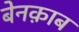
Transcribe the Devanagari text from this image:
बेनक़ाब